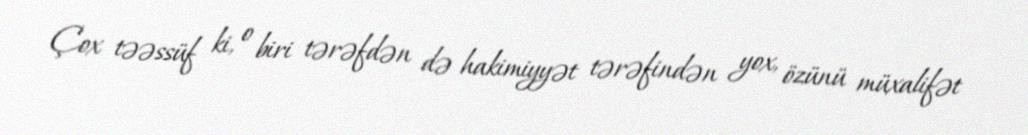
Çox təəssüf ki, o biri tərəfdən də hakimiyyət tərəfindən yox, özünü müxalifət